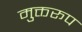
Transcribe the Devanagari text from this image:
मुक्तरूप